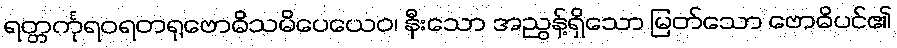
ရတ္တင်္ကုရဝရတရုဗောဓိသမိပေယေဝ၊ နီးသော အညွန့်ရှိသော မြတ်သော ဗောဓိပင်၏